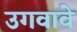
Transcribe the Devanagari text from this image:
उगवावे